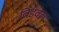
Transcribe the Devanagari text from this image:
बिडवेल